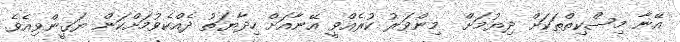
އޭނާ މިސްކިތްތަކަށް ދިޔުމަށް  މިންވަރު ކުރެއްވީ އޭނާއަށް ހިދާޔަތު ދެއްކެވުމަށްކަން ޔަޤީންވިއެވެ.